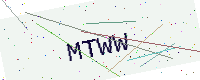
Text: MTWW